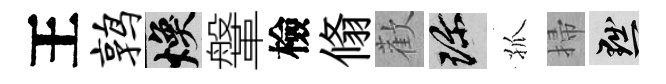
王鹑焕鞶檢翛歡珍孤掃黜